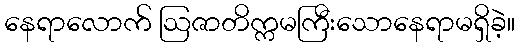
နေရာလောက် ဩဇာတိက္ကမကြီးသောနေရာမရှိခဲ့။